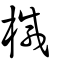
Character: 椷